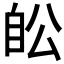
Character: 𦤉